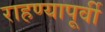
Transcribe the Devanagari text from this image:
राहण्यापूर्वी